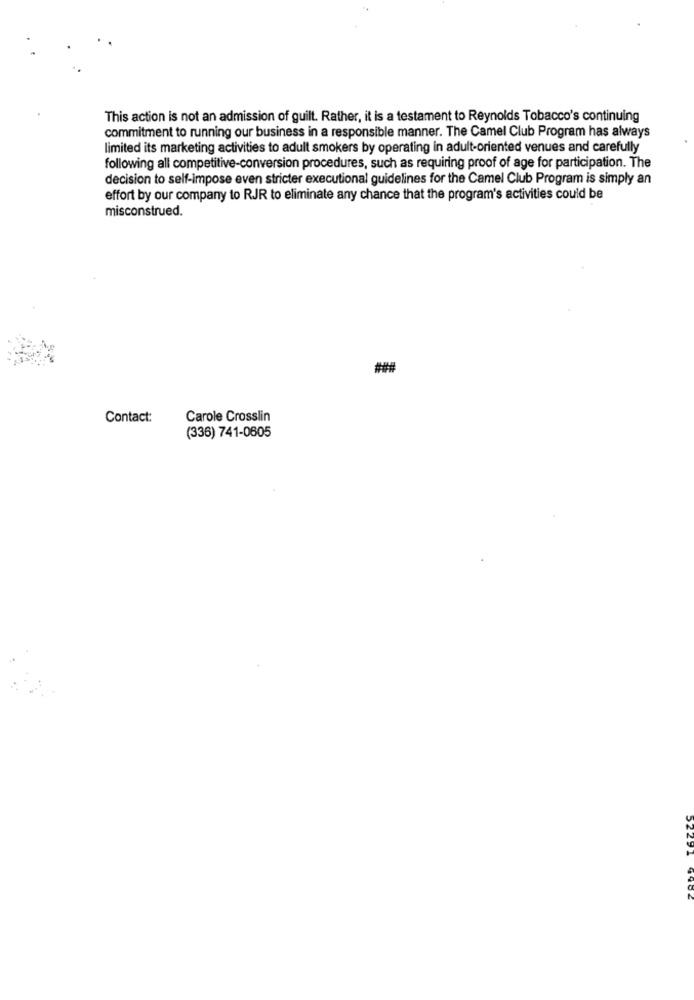
This action is not an admission of guilt. Rather, it is a testament to Reynolds Tobacco's continuing
commitment to running our business in a responsible manner. The Camel Club Program has always
limited its marketing activities to adult smokers by operating in adult-oriented venues and carefully
following all competitive-conversion procedures, such as requiring proof of age for participation. The
decision to self-impose even stricter executional guidelines for the Camel Club Program is simply an
effort by our company to RJR to eliminate any chance that the program's activities could be
misconstrued.
Contact:
Carole Crosslin
(336) 741-0605